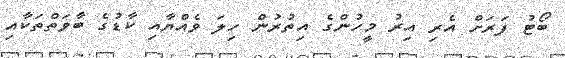
ބޯޓު ފަރަށް އެރި އިރު މީހުންގެ އިތުރުން ހިލަ ވެއްޔާއި ކާޑުގެ ބާވަތްތަކާއި